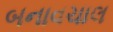
બનાવચાલ